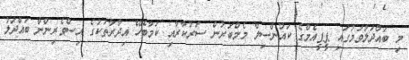
މި ބައްދަލުވުމުގައި ޕީޕީއެމްގެ ކައުންސިލް މެމްބަރުން ސަރުކާރާއި ކަމާބެހޭ އިދާރާތަކުގެ އިސްވެރިންނާ ބައްދަލު